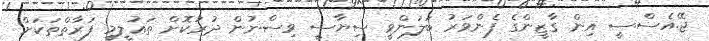
ޖޭ.އެސް.ސީ އިން ގާޒީންގެ ފެންވަރު ބަލަންވީ ސިޔާސީ ވިސްނުން ދުރުކޮށް ތަޢުލީމީ ފަރާތްތަކަށް